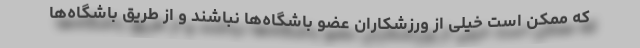
که ممکن است خیلی از ورزشکاران عضو باشگاه‌ها نباشند و از طریق باشگاه‌ها